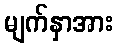
မျက်နှာအား